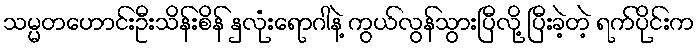
သမ္မတဟောင်းဦးသိန်းစိန် နှလုံးရောဂါနဲ့ ကွယ်လွန်သွားပြီလို့ ပြီးခဲ့တဲ့ ရက်ပိုင်းက